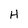
Character: H